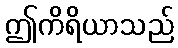
ဤကိရိယာသည်